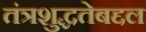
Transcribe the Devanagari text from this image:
तंत्रशुद्धतेबद्दल